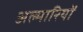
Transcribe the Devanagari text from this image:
अल्मारियों